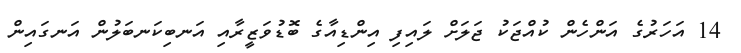
14 އަހަރުގެ އަންހެން ކުއްޖަކު ޖަލަށް ލައިފި އިންޑިއާގެ ބޮޑުވަޒީރާއި އަނބިކަނބަލުން އަނގައިން